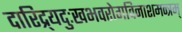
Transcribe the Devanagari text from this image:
दारिद्र्यदुःखभवरोगविनाशमन्त्रम्